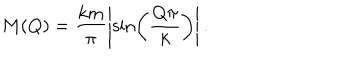
LaTeX: M ( Q ) = \frac { k m } { \pi } \left| \sin \left( \frac { Q \pi } { k } \right) \right| .